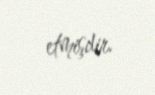
etmişdir.